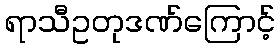
ရာသီဥတုဒဏ်ကြောင့်